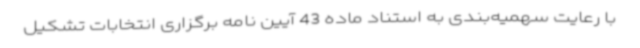
با رعایت سهمیه‌بندی به استناد ماده 43 آیین نامه برگزاری انتخابات تشکیل